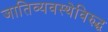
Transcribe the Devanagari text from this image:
जातिव्यवस्थेविरुद्ध